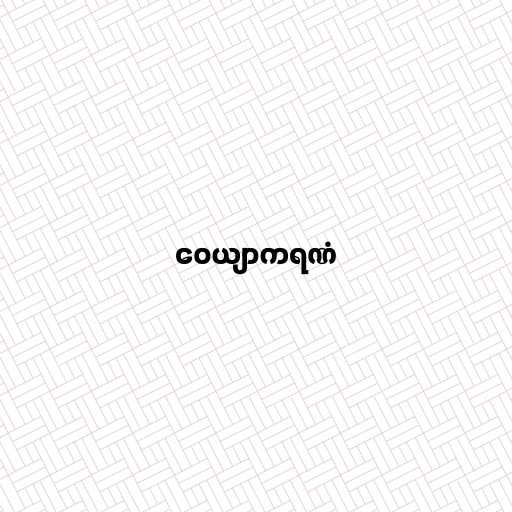
ဝေယျာကရဏံ